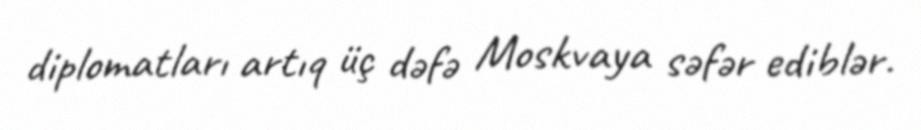
diplomatları artıq üç dəfə Moskvaya səfər ediblər.